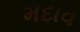
મદાવ